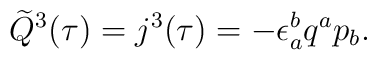
\widetilde Q^3(\tau)=j^3(\tau)=-\epsilon_a^bq^ap_b .